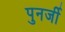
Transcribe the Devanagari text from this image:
पुनर्जी